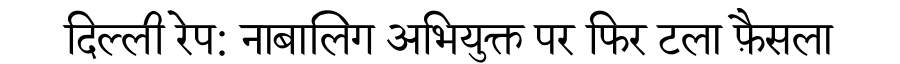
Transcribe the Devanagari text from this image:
दिल्ली रेप: नाबालिग अभियुक्त पर फिर टला फ़ैसला